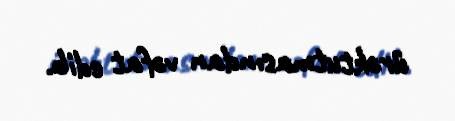
ürəktutmasından vəfat edib.